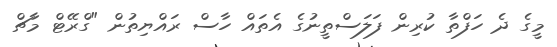
މީގެ ދެ ހަފްތާ ކުރިން ފަލަސްތީނުގެ އެތައް ހާސް ރައްޔިތުން "ގްރޭޓް މާޗް